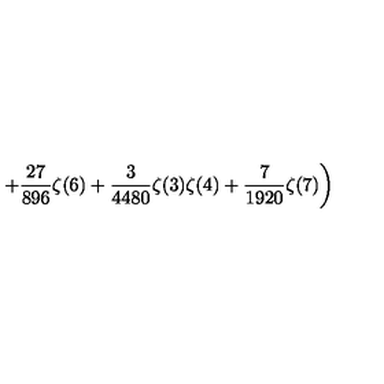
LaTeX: \displaystyle \left. \quad \quad \quad + \frac { 2 7 } { 8 9 6 } \zeta ( 6 ) + \frac { 3 } { 4 4 8 0 } \zeta ( 3 ) \zeta ( 4 ) + \frac { 7 } { 1 9 2 0 } \zeta ( 7 ) \right)